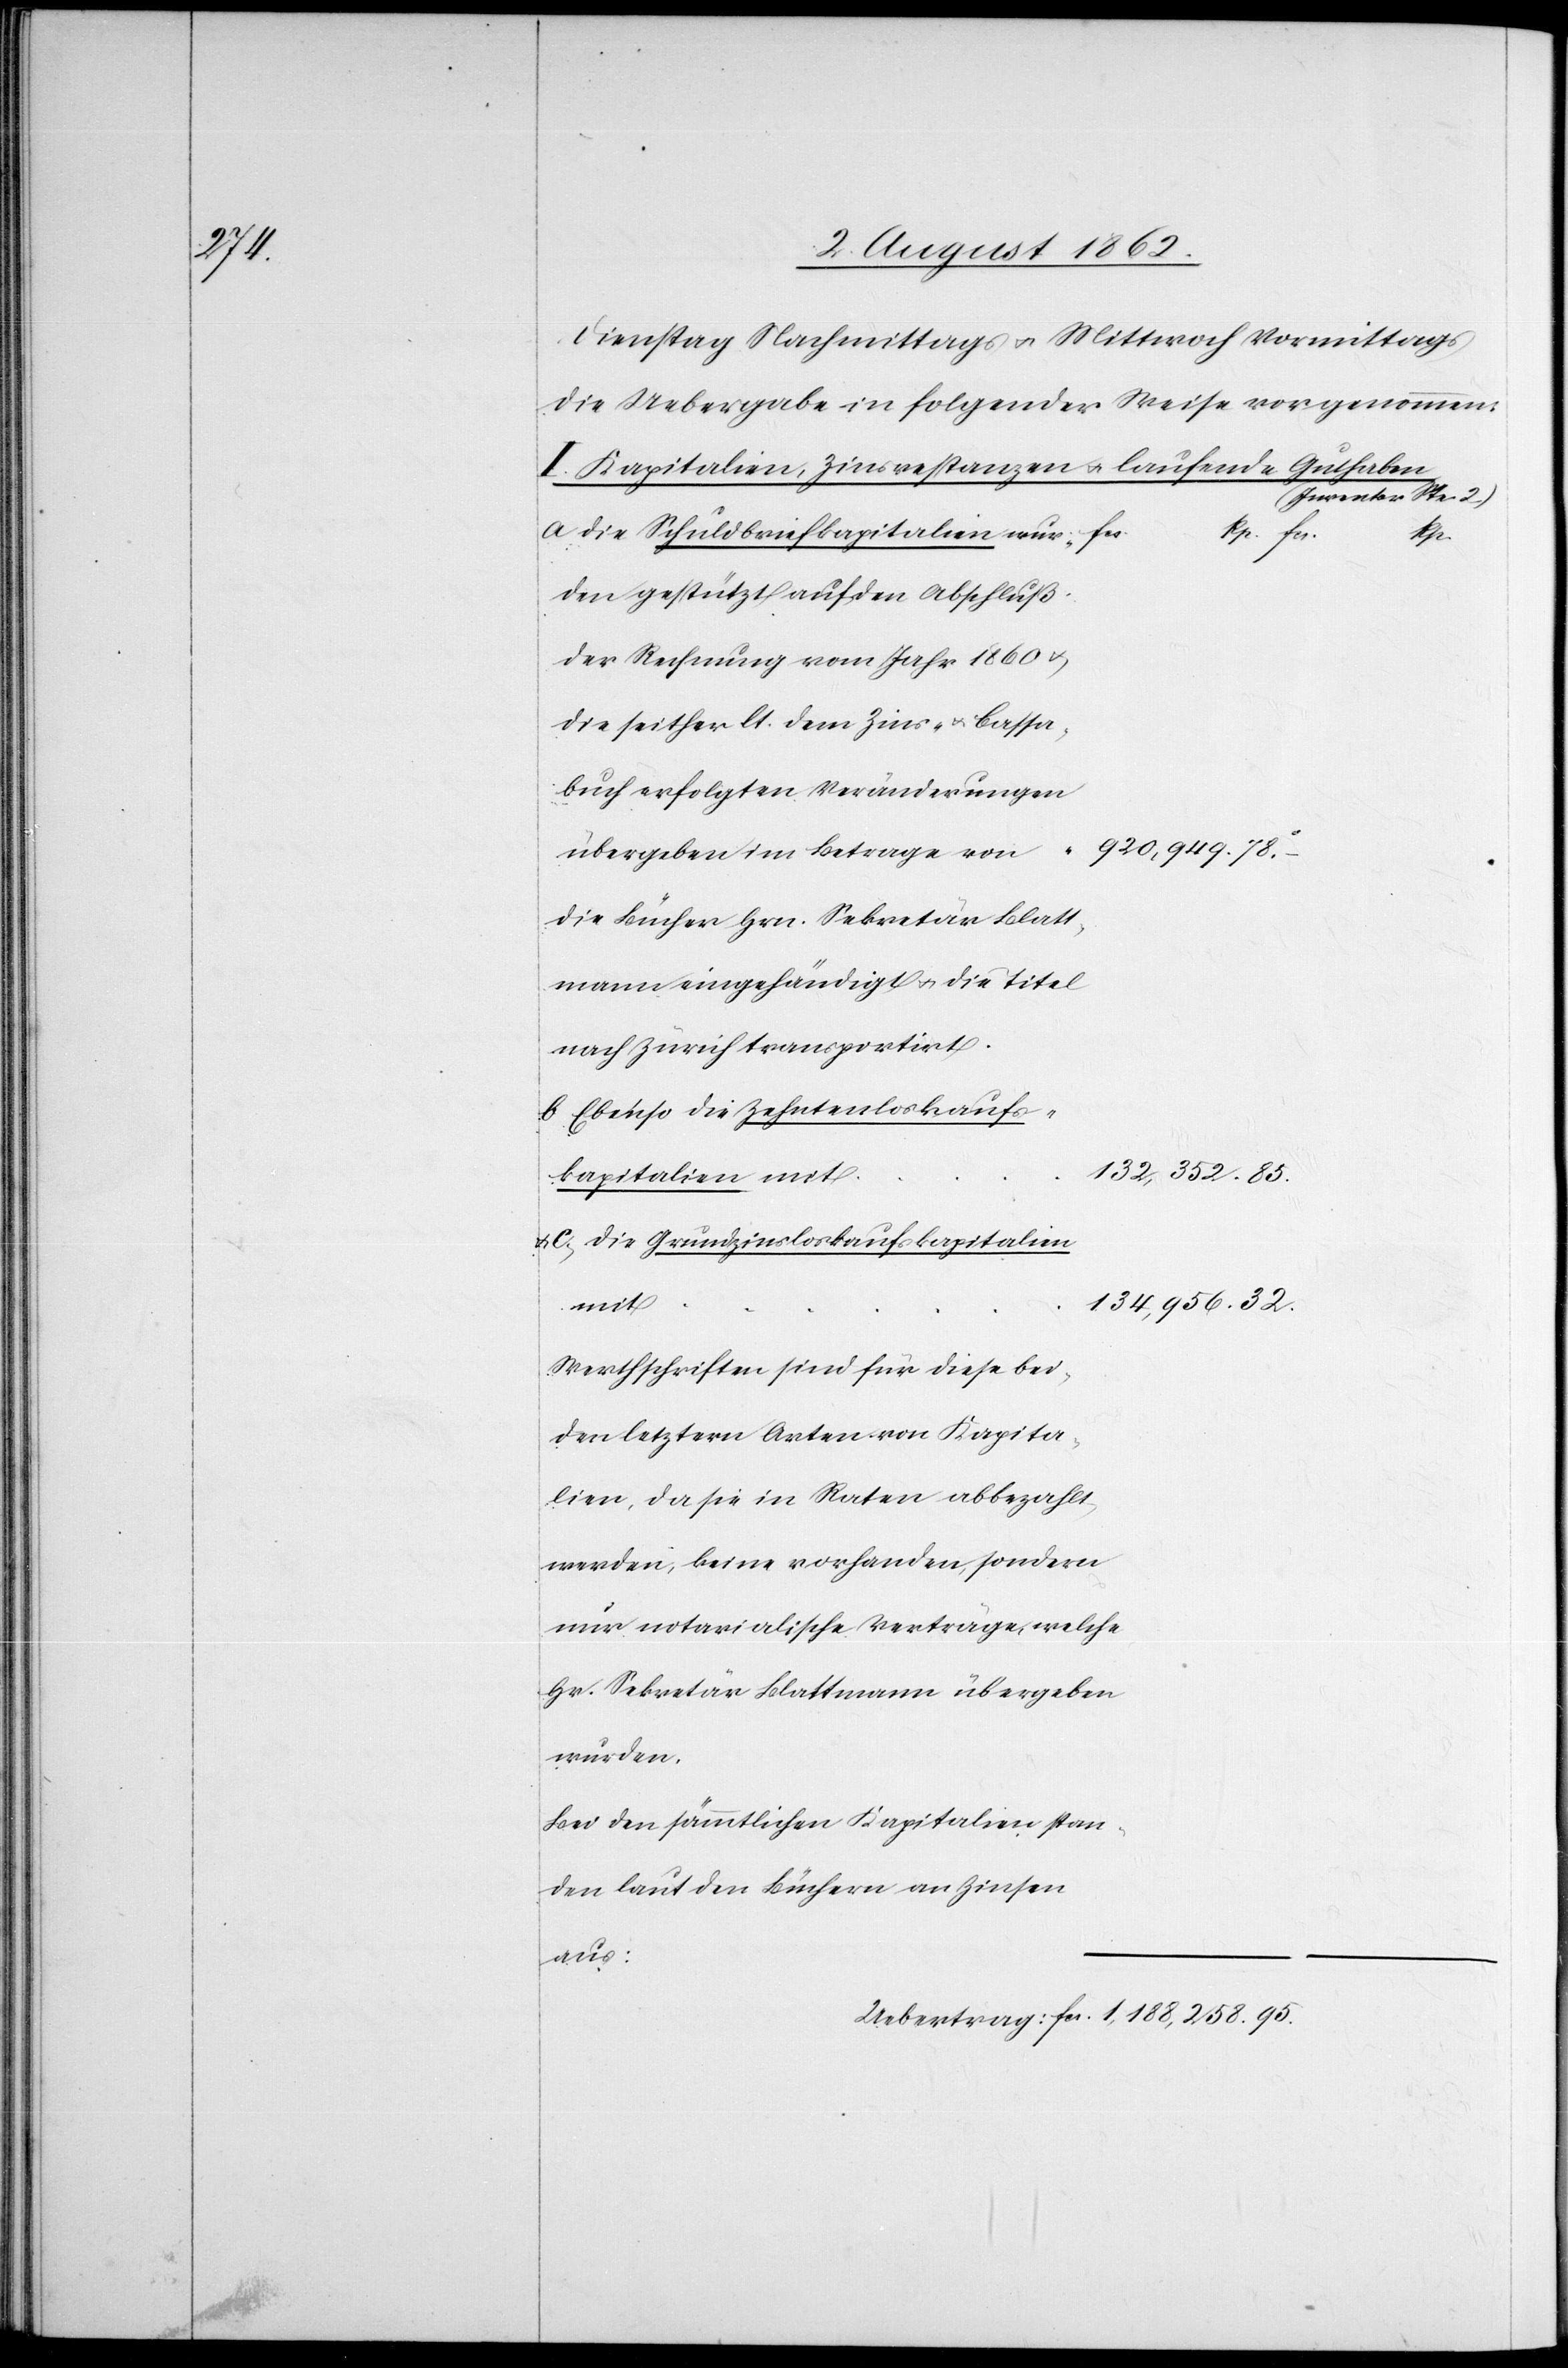
Dienstag Nachmittag u. Mittwoch Vormittags
die Uebergabe in folgender Weise vorgenommen:
I. Kapitalien, Zinsrestanzen u. laufende Guthaben
(Inventar Ste. 2)
a. Die Schuldbriefkapitalien wur¬
den gestützt auf den Abschluß
der Rechnung vom Jahr 1860 u.
die seither lt. dem Zins- u. Cassa¬
buch erfolgten Veränderungen
übergeben im Betrage von
Die Bücher Hrn. Sekretär Blatt¬
mann eingehändigt u. die Titel
nach Zürich transportirt.
b. Ebenso die Zehntenloskaufs¬
132,352.
kapitalien mit
u. c. Die Grundzinsloskaufskapitalien
mit
Werthschriften sind für diese bei¬
den letztern Arten von Kapita¬
lien, da sie in Raten abbezahlt
werden, keine vorhanden, sondern
nur notarialische Verträge, welche
Hr. Sekretär Blattmann übergeben
wurden.
Bei den sämmtlichen Kapitalien stan¬
den laut den Büchern an Zinsen
aus: